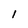
Character: 1